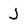
Character: J